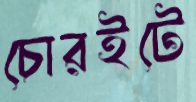
চোরইটে